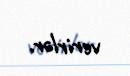
verirlər.